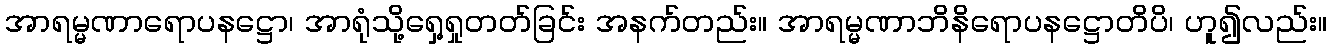
အာရမ္မဏာရောပနဋ္ဌော၊ အာရုံသို့ရှေ့ရှုတတ်ခြင်း အနက်တည်း။ အာရမ္မဏာဘိနိရောပနဋ္ဌောတိပိ၊ ဟူ၍လည်း။